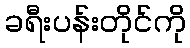
ခရီးပန်းတိုင်ကို